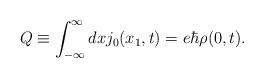
LaTeX: \begin{align*}Q \equiv \int_{-\infty}^{\infty} dx j_0(x_1,t) = e{\hbar} {\rho}(0,t).\end{align*}